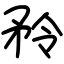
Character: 矝